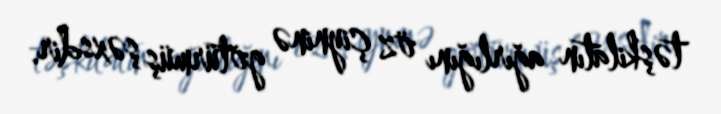
təşkilatın ağırlığını öz çiyninə götürmüş şəxsdir.